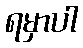
ရမှာပါ